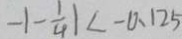
- \vert - \frac { 1 } { 4 } \vert < - 0 . 1 2 5